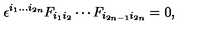
\epsilon ^ { i _ { 1 } \ldots i _ { 2 n } } F _ { i _ { 1 } i _ { 2 } } \cdots F _ { i _ { 2 n - 1 } i _ { 2 n } } = 0 ,